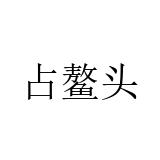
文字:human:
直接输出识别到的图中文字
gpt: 占鳌头